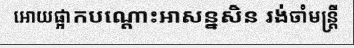
អោយផ្អាកបណ្តោះអាសន្នសិន រង់ចាំមន្ត្រី